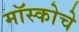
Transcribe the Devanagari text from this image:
मॉस्कोचे